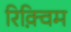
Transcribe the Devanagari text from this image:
रिक़्विम